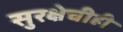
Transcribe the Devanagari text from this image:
सुरक्षेचीही